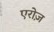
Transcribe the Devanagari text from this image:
एरोज़